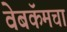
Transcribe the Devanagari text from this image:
वेबकॅमचा